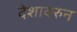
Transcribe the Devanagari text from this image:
देशावरुन